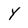
Character: Y